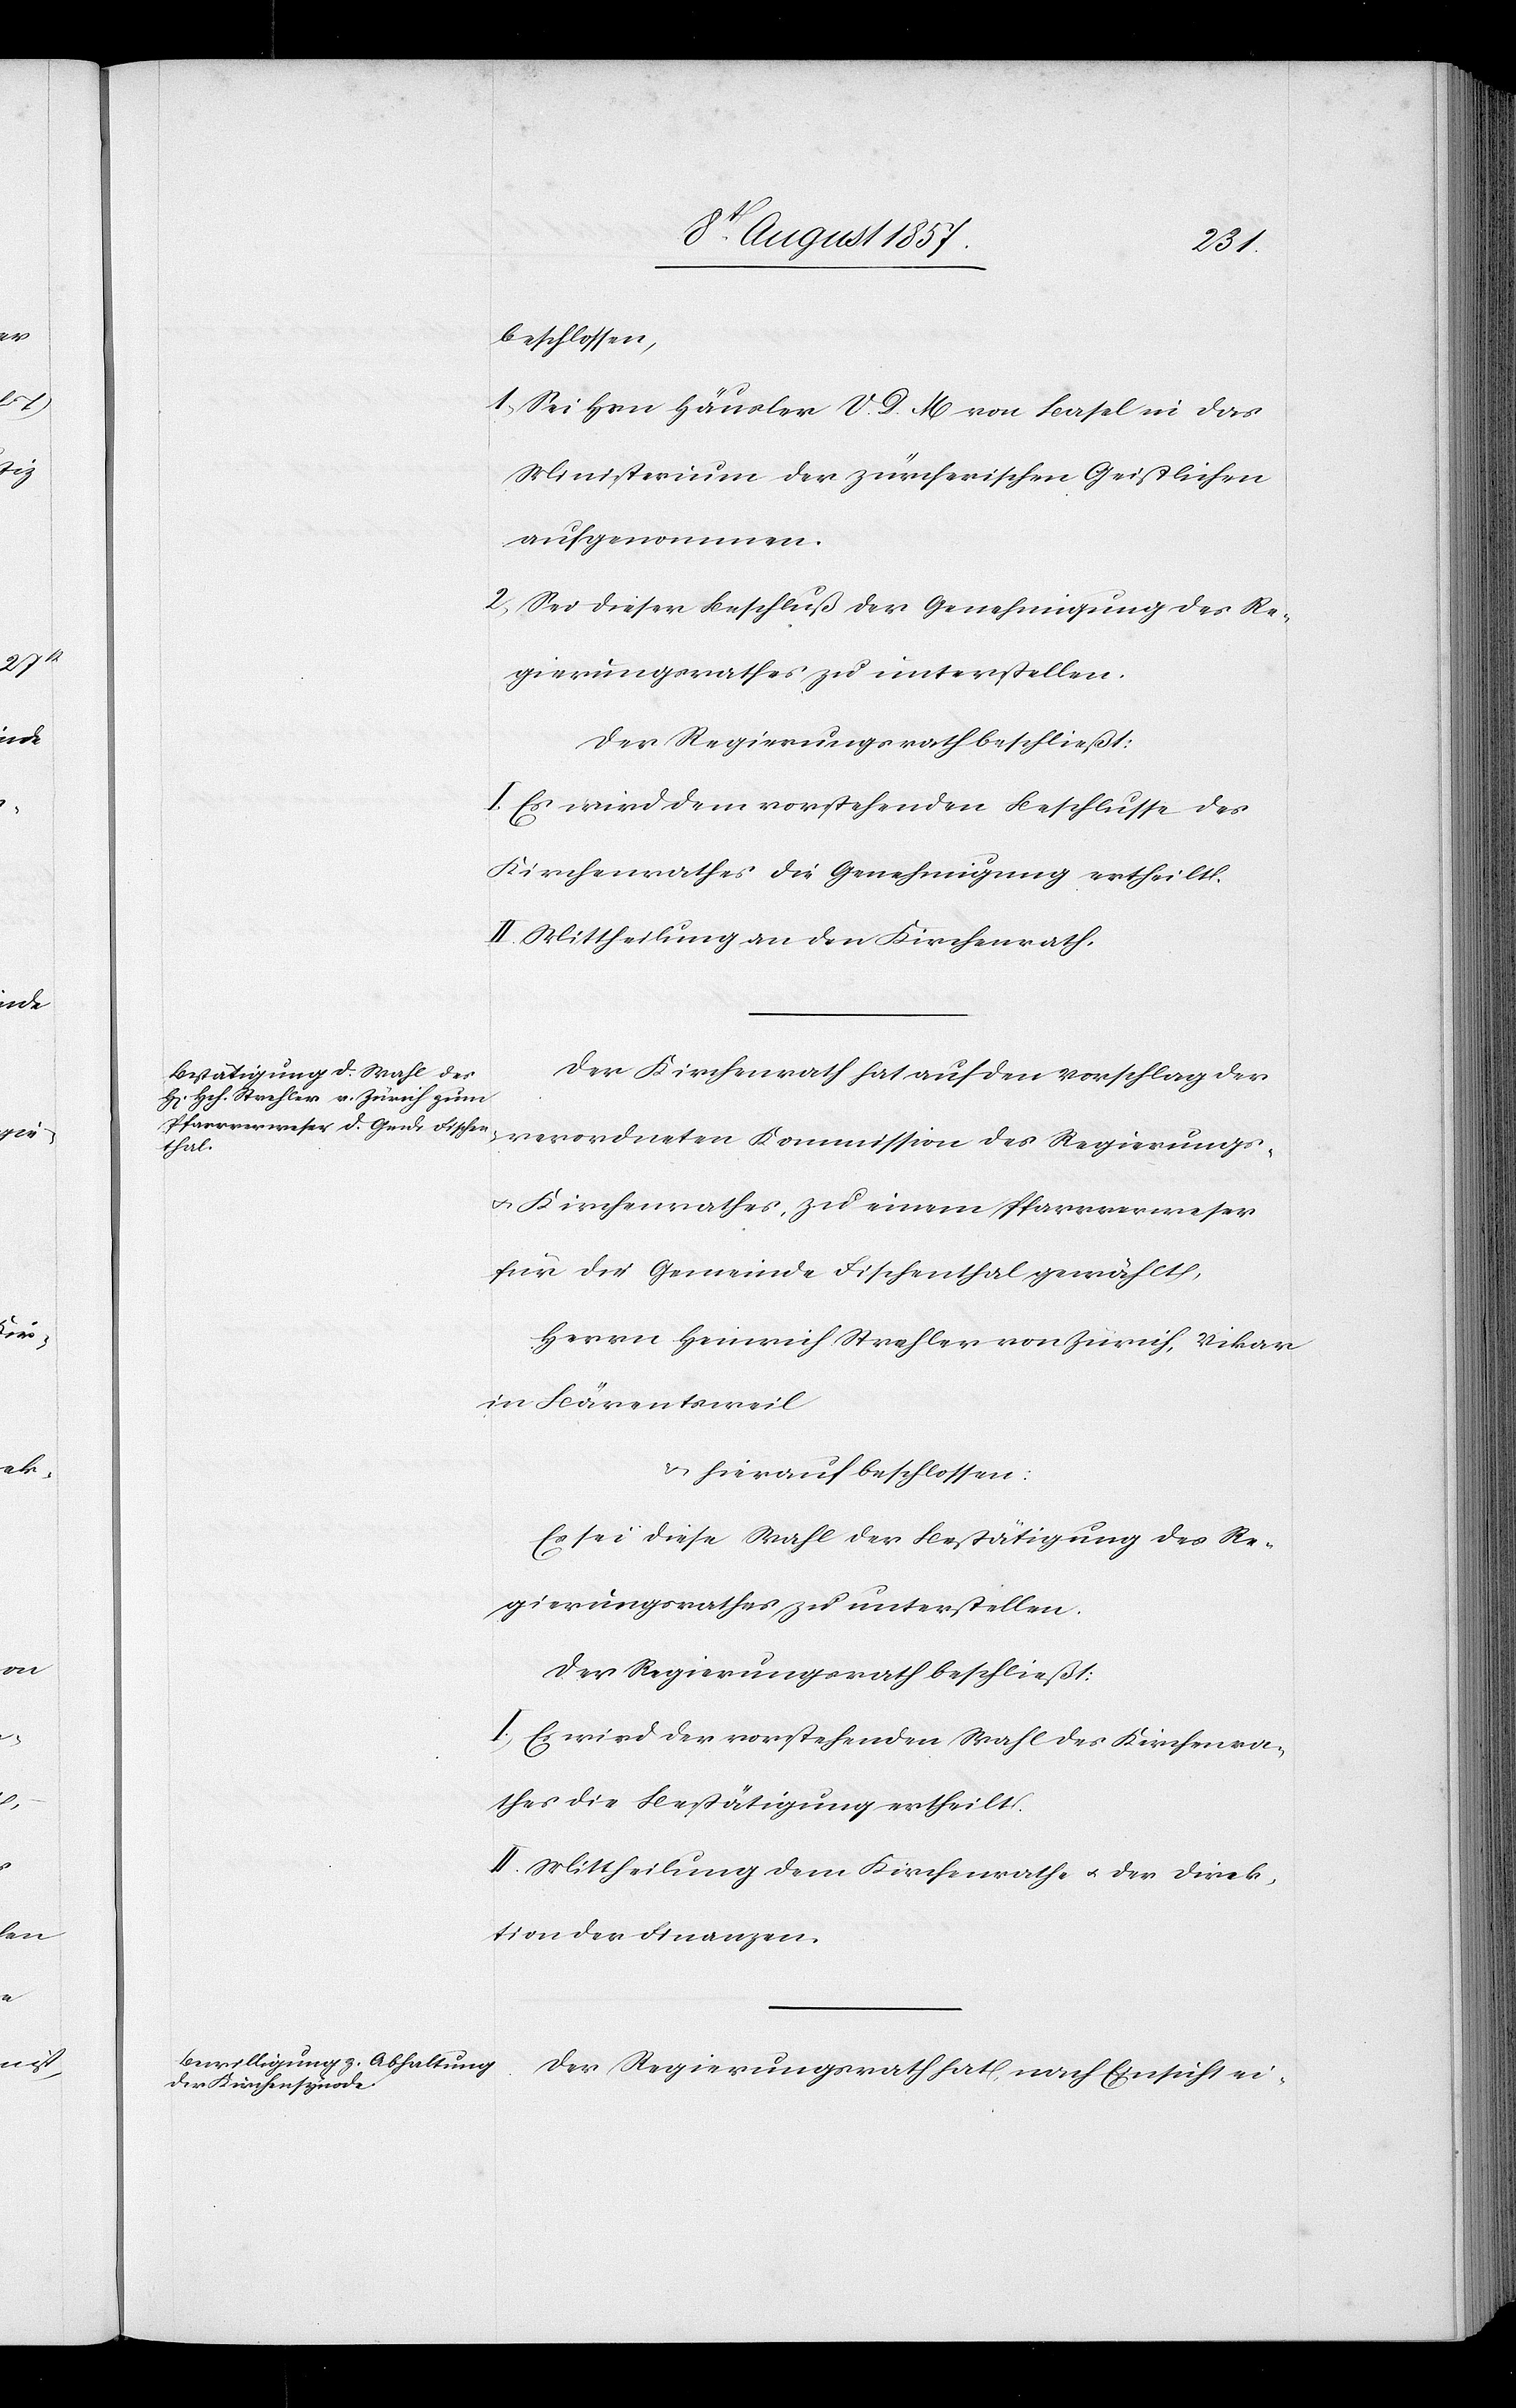
beschlossen,
1, Sei Hrn. Häusler V. D. M. von Basel in das
Ministerium der zürcherischen Geistlichen
aufgenommen.
2, Sei dieser Beschluß der Genehmigung des Re¬
gierungsrathes zu unterstellen.
Der Regierungsrath beschließt:
I. Es wird dem vorstehenden Beschlusse des
Kirchenrathes die Genehmigung ertheilt.
II. Mittheilung an den Kirchenrath.
Der Kirchenrath hat auf den Vorschlag der
verordneten Kommission des Regierungs-
& Kirchenrathes, zu einem Pfarrverweser
für die Gemeinde Fischenthal gewählt,
Herrn Heinrich Strehler von Zürich, Vikar
in Bärentsweil,
& hierauf beschlossen:
Es sei diese Wahl der Bestätigung des Re¬
gierungsrathes zu unterstellen.
Der Regierungsrath beschließt:
I. Es wird der vorstehenden Wahl des Kirchenra¬
thes die Bestätigung ertheilt.
II. Mittheilung dem Kirchenrathe & der Direk¬
tion der Finanzen.
Der Regierungsrath hat nach Einsicht ei-